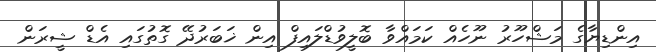
އިންޑިޔާގެ މަޝްހޫރު ނޫހެއް ކަމައްވާ ބޮލީވުޑްލައިފް އިން ޚަބަރުދޭ ގޮތުގައި އެޑް ޝީރަން